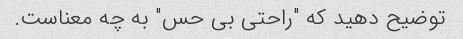
توضیح دهید که "راحتی بی حس" به چه معناست.